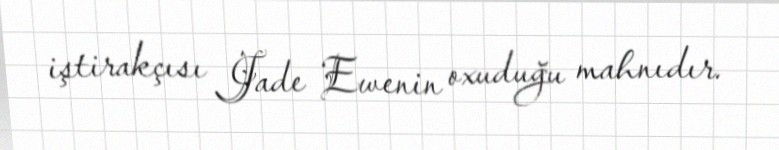
iştirakçısı Jade Ewenin oxuduğu mahnıdır.